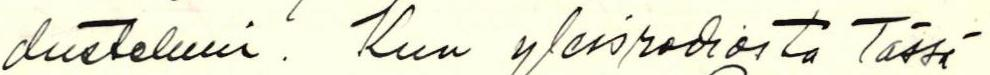
dusteluin. Kun yleisradiosta Tässä